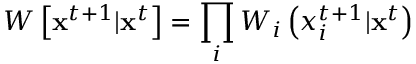
W \left[ { \bf x } ^ { t + 1 } | { \bf x } ^ { t } \right] = \prod _ { i } W _ { i } \left( x _ { i } ^ { t + 1 } | { \bf x } ^ { t } \right)